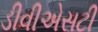
ડીવીએસટી